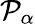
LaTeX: \mathcal{P}_{\alpha}